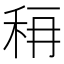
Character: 𰨟